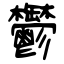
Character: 鬱